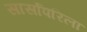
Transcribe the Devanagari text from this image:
सार्सापरिला